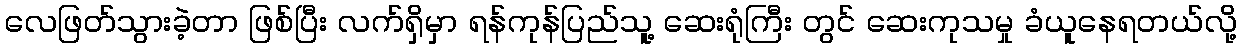
လေဖြတ်သွားခဲ့တာ ဖြစ်ပြီး လက်ရှိမှာ ရန်ကုန်ပြည်သူ့ ဆေးရုံကြီး တွင် ဆေးကုသမှု ခံယူနေရတယ်လို့